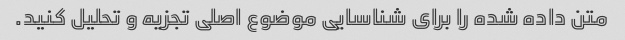
متن داده شده را برای شناسایی موضوع اصلی تجزیه و تحلیل کنید.